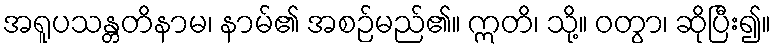
အရူပသန္တတိနာမ၊ နာမ်၏ အစဉ်မည်၏။ ဣတိ၊ သို့။ ဝတွာ၊ ဆိုပြီး၍။